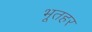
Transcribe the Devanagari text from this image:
भूतहर